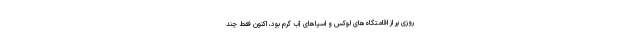
روزی پر از اقامتگاه‌های لوکس و اسپاهای آب گرم بود، اکنون فقط چند